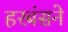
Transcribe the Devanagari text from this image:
हरबंसने